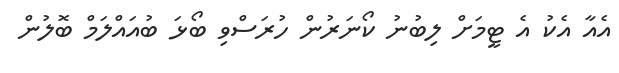
އެއާ އެކު އެ ޓީމަށް ލިބުނު ކޯނަރުން ހުރަސްވި ބޯޅަ ބުއައްލަމް ބޮލުން